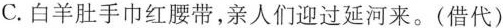
C.白羊肚手巾红腰带，亲人们迎过延河来。(借代)